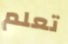
تعلم